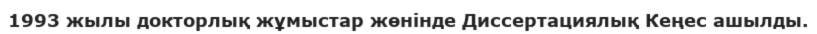
1993 жылы докторлық жұмыстар жөнінде Диссертациялық Кеңес ашылды.